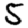
Digit: 5